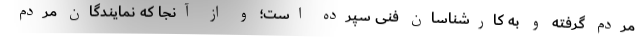
مردم گرفته و به کارشناسان فنی سپرده است؛ و از آنجا که نمایندگان مردم